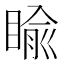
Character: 睮